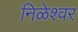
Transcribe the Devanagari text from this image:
निळेश्वर